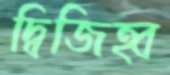
দ্বিজিহ্ব